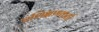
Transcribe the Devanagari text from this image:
प्रशिक्षणकर्ता